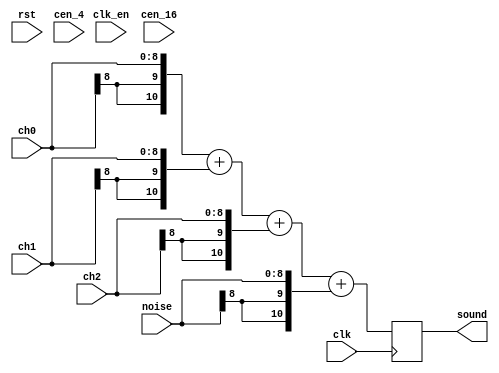
/*  This file is part of JT89.

    JT89 is free software: you can redistribute it and/or modify
    it under the terms of the GNU General Public License as published by
    the Free Software Foundation, either version 3 of the License, or
    (at your option) any later version.

    JT89 is distributed in the hope that it will be useful,
    but WITHOUT ANY WARRANTY; without even the implied warranty of
    MERCHANTABILITY or FITNESS FOR A PARTICULAR PURPOSE.  See the
    GNU General Public License for more details.

    You should have received a copy of the GNU General Public License
    along with JT89.  If not, see <http://www.gnu.org/licenses/>.

    Author: Jose Tejada Gomez. Twitter: @topapate
    Version: 1.0
    Date: December, 1st 2018
   
    */

module jt89_mixer #(parameter bw=9, interpol16=0)(
    input            rst,
    input            clk,
    input            clk_en,
    input            cen_16,
    input            cen_4,
    input     [bw-1:0] ch0,
    input     [bw-1:0] ch1,
    input     [bw-1:0] ch2,
    input     [bw-1:0] noise,
    output signed [bw+1:0] sound
);

reg signed [bw+1:0] fresh;

always @(posedge clk)
    fresh <= 
        { {2{ch0[bw-1]}}, ch0   }+
        { {2{ch1[bw-1]}}, ch1   }+
        { {2{ch2[bw-1]}}, ch2   }+
        { {2{noise[bw-1]}}, noise };

generate
    if( interpol16==1 ) begin
        wire signed [bw+1:0] snd4;
        localparam calcw=bw+8;
        jt12_interpol #(.calcw(calcw),.inw(bw+2),.rate(4),.m(4),.n(2)) u_uprate1 (
            .rst    ( rst    ),
            .clk    ( clk    ),
            .cen_in ( cen_16 ),
            .cen_out( cen_4  ),
            .snd_in ( fresh  ),
            .snd_out( snd4   )
        );
        jt12_interpol #(.calcw(calcw),.inw(bw+2),.rate(4),.m(4),.n(2)) u_uprate2 (
            .rst    ( rst    ),
            .clk    ( clk    ),
            .cen_in ( cen_4  ),
            .cen_out( clk_en ),
            .snd_in ( snd4   ),
            .snd_out( sound  )
        );        
    end else
        assign sound = fresh;
endgenerate

endmodule